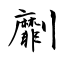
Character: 劘